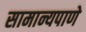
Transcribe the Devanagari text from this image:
सामान्यपाणे